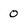
Character: 0